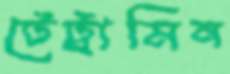
টেট্রামিন